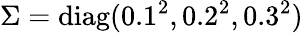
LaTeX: \Sigma=\operatorname{diag}(0.1^{2},0.2^{2},0.3^{2})